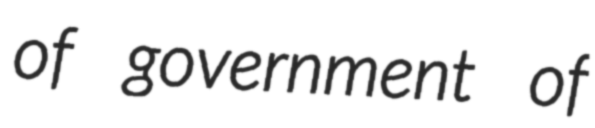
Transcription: of government of